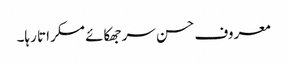
معروف حسن سر جھکائے مسکراتا رہا۔